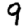
Digit: 9